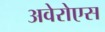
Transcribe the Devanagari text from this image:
अवेरोएस